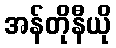
အန်တိုနီယို